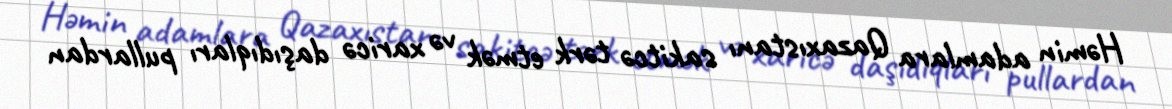
Həmin adamlara Qazaxıstanı sakitcə tərk etmək və xaricə daşıdıqları pullardan